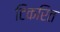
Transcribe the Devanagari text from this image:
टिकरित